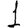
Digit: 1